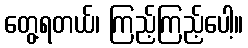
တွေ့ရတယ်၊ ကြည့်ကြည့်ပေါ့။